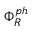
\Phi _ { R } ^ { p h }